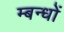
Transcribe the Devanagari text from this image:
म्बन्धों